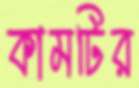
কামটির